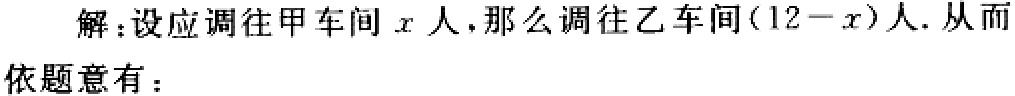
解：设应调往甲车间\(x\)人，那么调往乙车间\((12 - x)\)人. 从而依题意有：